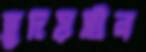
হূদয়হীন